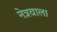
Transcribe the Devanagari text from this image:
नेत्रवाला